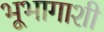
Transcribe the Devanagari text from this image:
भूभागाशी